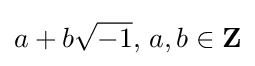
a+b{\sqrt {-1}},\,a,b\in \mathbf {Z}